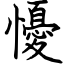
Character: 懮